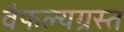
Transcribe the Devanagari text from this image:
वैफल्यग्रस्त